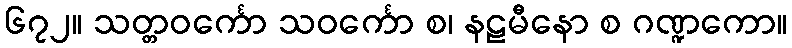
၆၇၂။ သတ္တဝင်္ကော သဝင်္ကော စ၊ နဠမီနော စ ဂဏ္ဍကော။